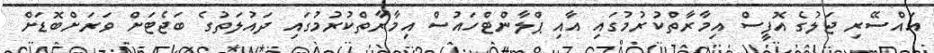
އައްސޭރި ޖަލުގެ އޮފީސް އިމާރާތްކުރުމުގައި އާއި ޕްލާންޓްހައުސް އިމާރާތްކުރުމުގައި ދައުލަތުގެ ބަޖެޓަށް ވަރަށްބޮޑަށް